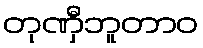
တုဏှီဘူတာဝ